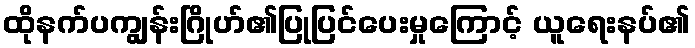
ထိုနက်ပကျွန်းဂြိုဟ်၏ပြုပြင်ပေးမှုကြောင့် ယူရေးနပ်၏